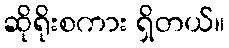
ဆိုရိုးစကား ရှိတယ်။